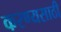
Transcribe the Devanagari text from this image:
करण्यसाठी